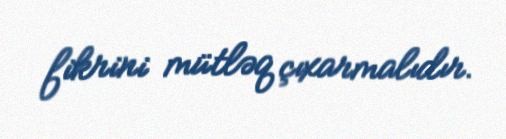
fikrini mütləq çıxarmalıdır.